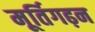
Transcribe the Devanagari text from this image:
मूर्तिगढ़न